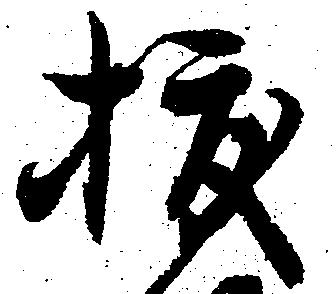
抜